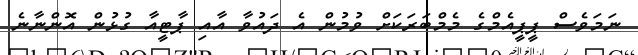
ނަމަވެސް ޕީޕީއެމްގެ މެމްބަރަކަށް ވުމުން އެ ދައުވާ އާއި ޕާޓީއާ ގުޅުން އޮންނާނެ